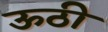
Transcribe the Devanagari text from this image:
ऊठी